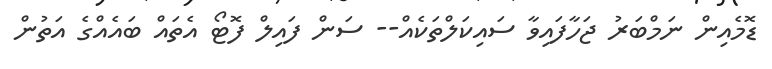
ޑޮމެއިން ނަމްބަރު ޖަހާފައިވާ ސައިކަލްތަކެއް-- ސަން ފައިލް ފޮޓޯ އެތައް ބައެއްގެ އަތުން